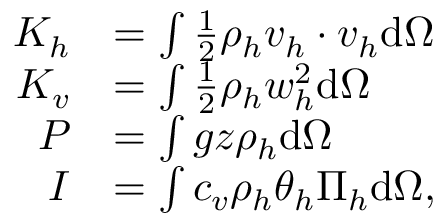
\begin{array} { r l } { K _ { h } } & { = \int \frac { 1 } { 2 } \rho _ { h } \boldsymbol { v } _ { h } \cdot \boldsymbol { v } _ { h } \mathrm { d } \Omega } \\ { K _ { v } } & { = \int \frac { 1 } { 2 } \rho _ { h } w _ { h } ^ { 2 } \mathrm { d } \Omega } \\ { P } & { = \int g z \rho _ { h } \mathrm { d } \Omega } \\ { I } & { = \int c _ { v } \rho _ { h } \theta _ { h } \Pi _ { h } \mathrm { d } \Omega , } \end{array}